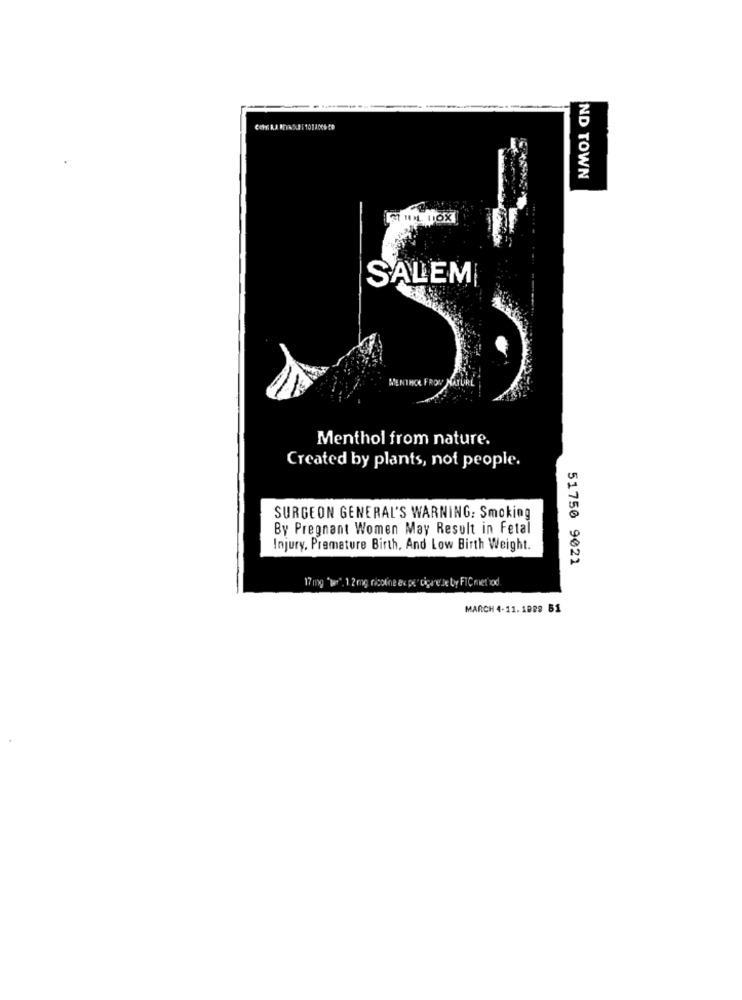
ND TOWN
SALEM
WENTHOR FRO
Menthol from nature.
Created by plants, not people.
SURGEON GENERAL'S WARNING: Smoking
By Pregnant Women May Result in Fetal
Injury, Premature Birth, And Low Birth Weight.
51750 9021
17 mg "war", 1 2 mg nicoline ac pe" cigare Je Ly FICmethod
MARCH 4-11. 1089 51